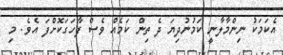
އެކަމަކު ނިންމާލާނީ ކަމުނުދިޔަ ދެ ތިން ކަމެއް ވެސް ފާހަގަކޮށްފަ އެވެ. މި